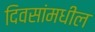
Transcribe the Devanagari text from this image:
दिवसांमधील